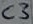
Text: C3